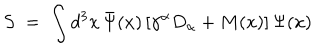
LaTeX: S \; = \; \int d ^ { 3 } x \, { \bar { \Psi } } ( x ) \, [ \gamma ^ { \alpha } D _ { \alpha } + M ( x ) ] \, \Psi ( x )